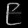
Digit: ၉